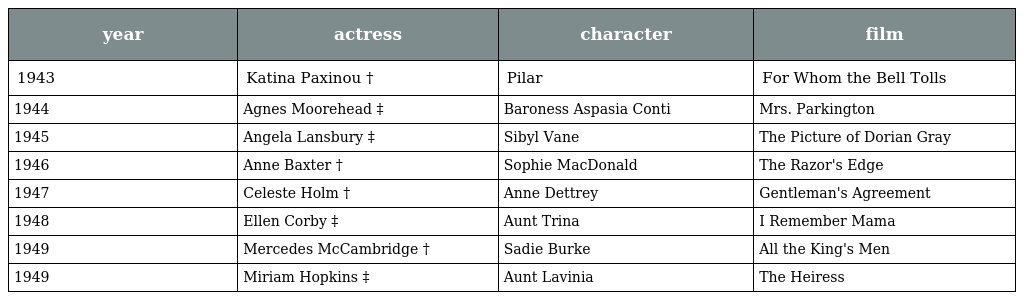
| year | actress | character | film |
 | --- | --- | --- | --- |
 | 1943 | Katina Paxinou † | Pilar | For Whom the Bell Tolls |
 | 1944 | Agnes Moorehead ‡ | Baroness Aspasia Conti | Mrs. Parkington |
 | 1945 | Angela Lansbury ‡ | Sibyl Vane | The Picture of Dorian Gray |
 | 1946 | Anne Baxter † | Sophie MacDonald | The Razor's Edge |
 | 1947 | Celeste Holm † | Anne Dettrey | Gentleman's Agreement |
 | 1948 | Ellen Corby ‡ | Aunt Trina | I Remember Mama |
 | 1949 | Mercedes McCambridge † | Sadie Burke | All the King's Men |
 | 1949 | Miriam Hopkins ‡ | Aunt Lavinia | The Heiress |